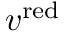
v ^ { \mathrm { r e d } }